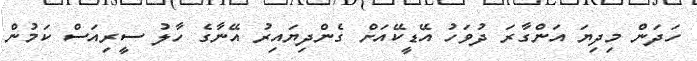
ހަދަން މިދިޔަ އަންގާރަ ދުވަހު އޭޑީކޭއަށް ގެންދިޔައިރު އޭނާގެ ހާލު ސީރިއަސް ކަމުން